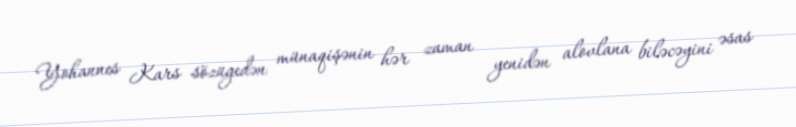
Yohannes Kars sözügedən münaqişənin hər zaman yenidən alovlana biləcəyini əsas